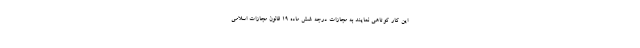
این کار کوتاهی نمایند به مجازات درجه شش ماده 19 قانون مجازات اسلامی